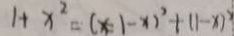
1 + x ^ { 2 } = ( x = 1 - x ) ^ { 2 } + ( 1 - x ) ^ { 2 }